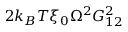
2 k _ { B } T \xi _ { 0 } \Omega ^ { 2 } G _ { 1 2 } ^ { 2 }